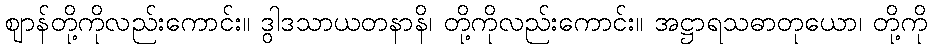
ဈာန်တို့ကိုလည်းကောင်း။ ဒွါဒသာယတနာနိ၊ တို့ကိုလည်းကောင်း။ အဋ္ဌာရသဓာတုယော၊ တို့ကို